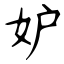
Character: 妒